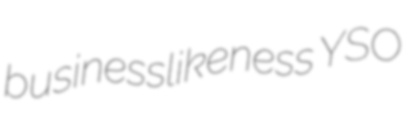
businesslikeness YSO